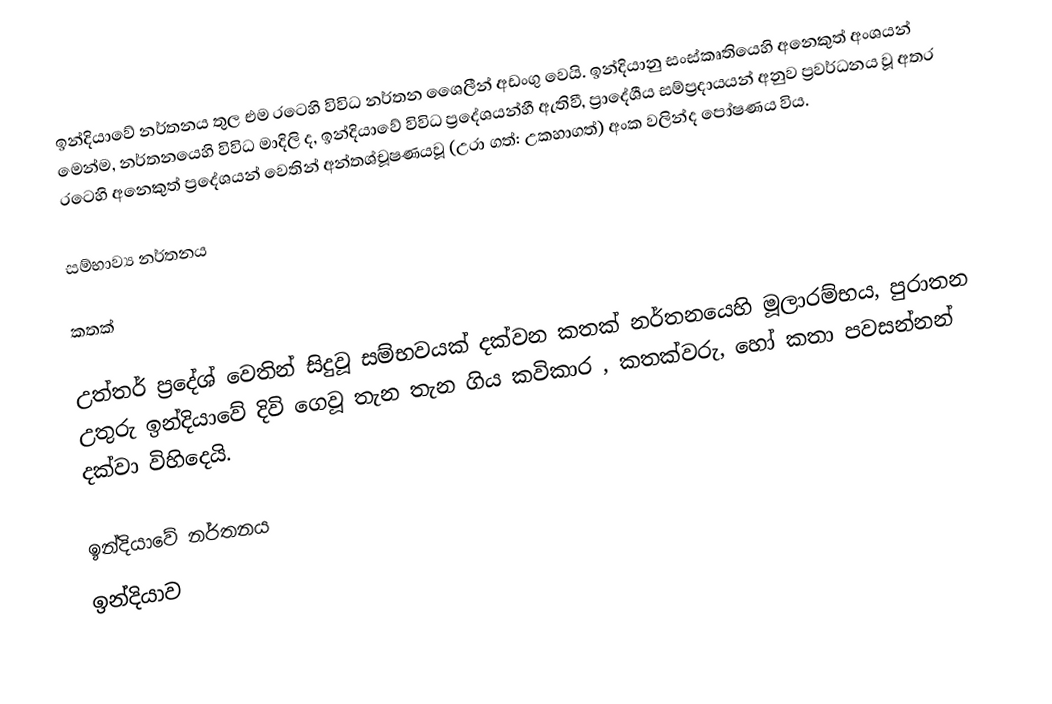
ඉන්දියාවේ නර්තනය තුල එම රටෙහි විවිධ නර්තන ශෛලීන් අඩංගු වෙයි. ඉන්දියානු සංස්කෘතියෙහි අනෙකුත් අංශයන් මෙන්ම, නර්තනයෙහි විවිධ මාදිලි ද, ඉන්දියාවේ විවිධ ප්‍රදේශයන්හී ඇතිවී, ප්‍රාදේශීය සම්ප්‍රදායයන් අනුව ප්‍රවර්ධනය වූ අතර  රටෙහි අනෙකුත් ප්‍රදේශයන් වෙතින් අන්තශ්චූෂණයවූ (උරා ගත්: උකහාගත්) අංක වලින්ද පෝෂණය විය.

සම්භාව්‍ය නර්තනය

කතක්

උත්තර් ප්‍රදේශ් වෙතින් සිදුවූ සම්භවයක් දක්වන කතක් නර්තනයෙහි මූලාරම්භය,  පුරාතන උතුරු ඉන්දියාවේ දිවි ගෙවූ තැන තැන ගිය කවිකාර , කතක්වරු, හෝ කතා පවසන්නන් දක්වා විහිදෙයි.

ඉන්දියාවේ නර්තනය
ඉන්දියාව